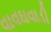
વાવઘવાડી